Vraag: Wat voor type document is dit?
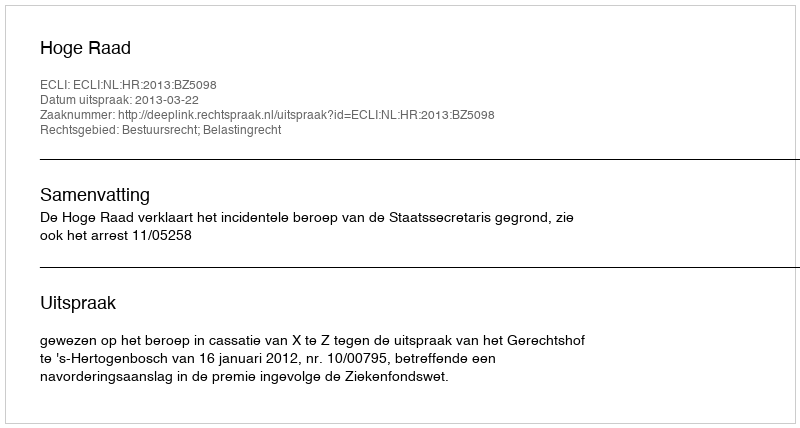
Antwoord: Uitspraak